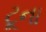
ટૂના